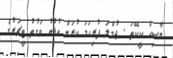
ނާސިހް ކީކޭތަ . ޖުމްލަ ފުރިހަމަ ކުރަން އުޅުނު ވަގުތު ޓީޗަރުގެ